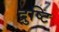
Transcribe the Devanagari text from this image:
द्रुष्टि